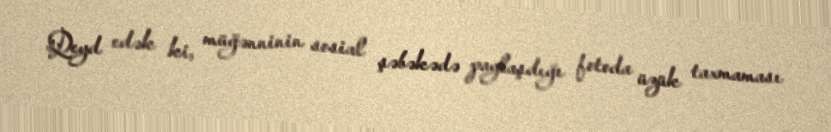
Qeyd edək ki, müğənninin sosial şəbəkədə paylaşdığı fotoda üzük taxmaması